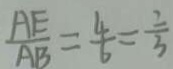
\frac { A E } { A B } = \frac { 4 } { 6 } = \frac { 2 } { 3 }